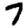
Digit: 7